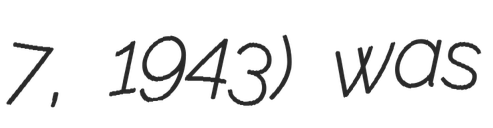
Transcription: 7, 1943) was